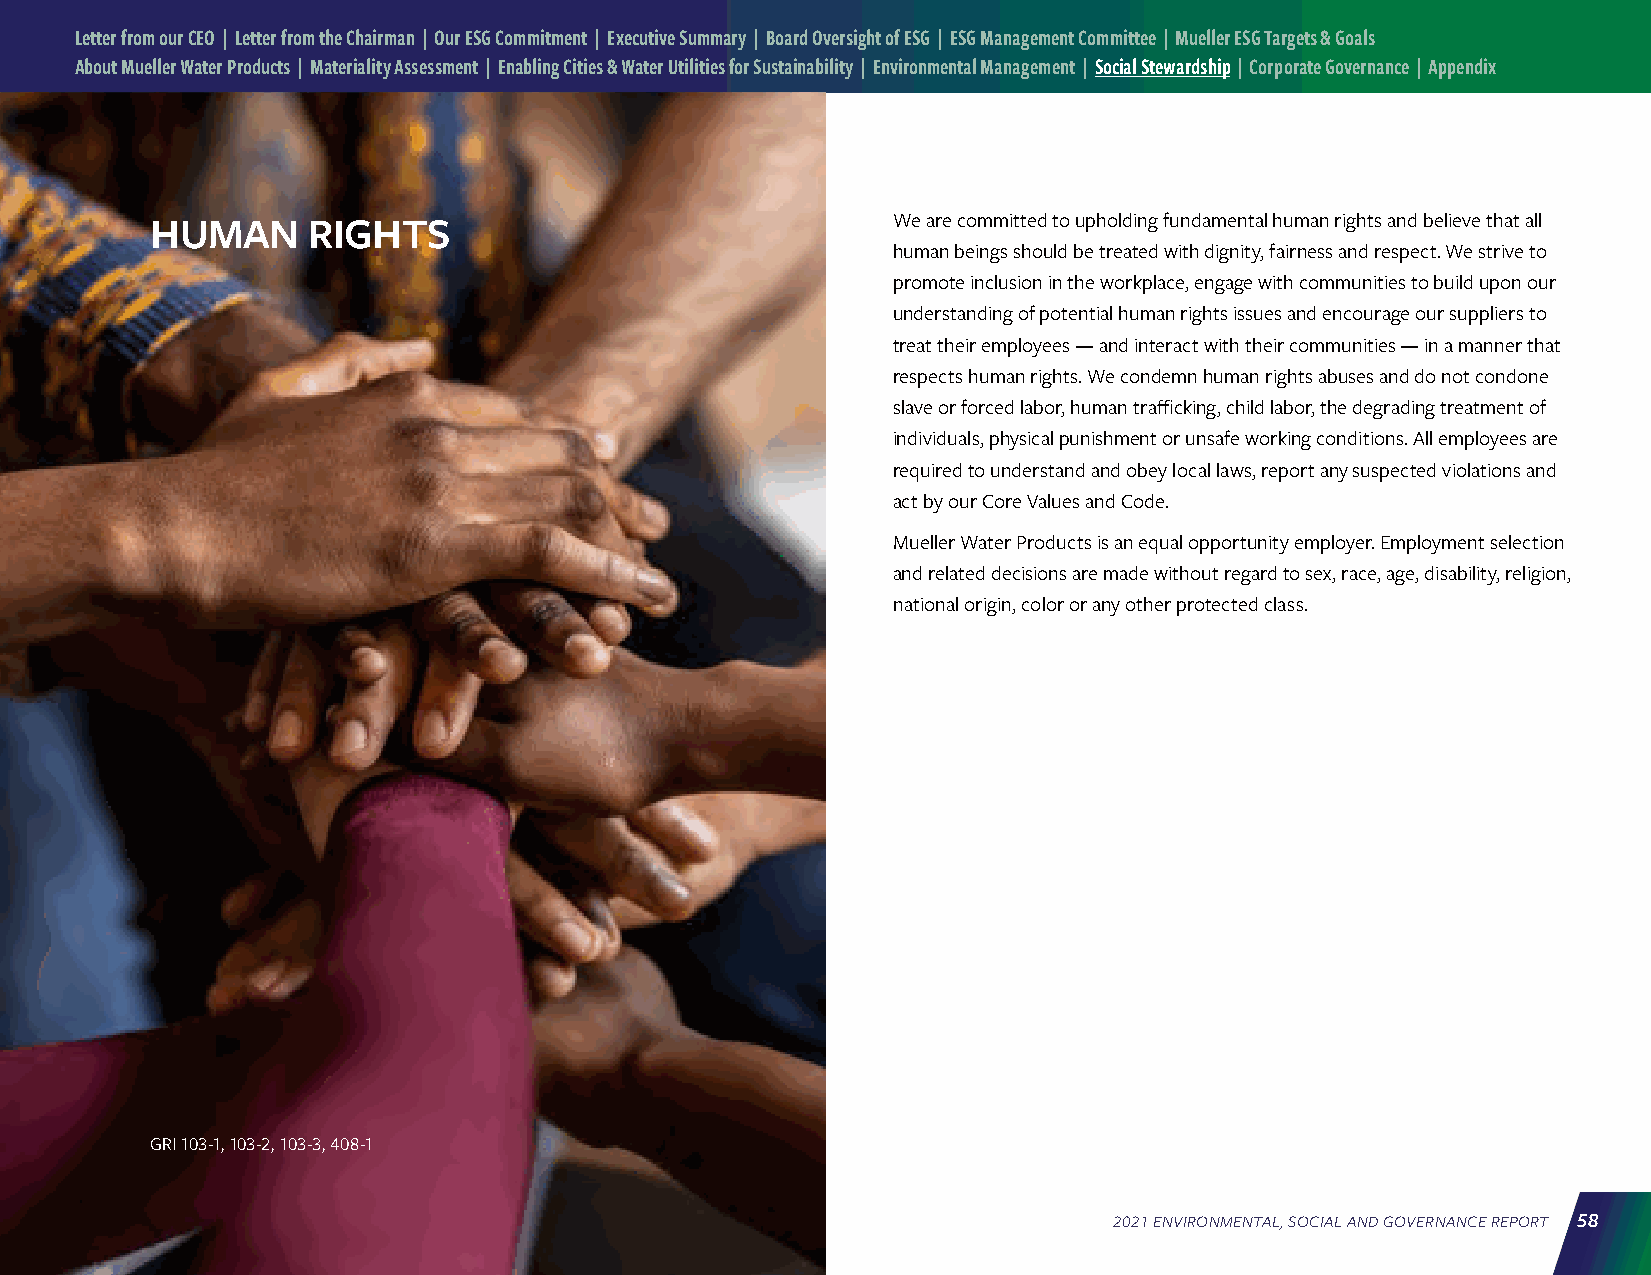
Letter from our CEO | Letter from the Chairman | Our ESG Commitment | Executive Summary | Board Oversight of ESG | ESG Management Committee | Mueller ESG Targets & Goals
 About Mueller Water Products | Materiality Assessment | Enabling Cities & Water Utilities for Sustainability | Environmental Management | Social Stewardship | Corporate Governance | Appendix
 HUMAN     RIGHTS                                 We are committed to upholding fundamental human rights and believe that all
 human beings should be treated with dignity, fairness and respect. We strive to
 promote inclusion in the workplace, engage with communities to build upon our
 understanding of potential human rights issues and encourage our suppliers to
 treat their employees — and interact with their communities — in a manner that
 respects human rights. We condemn human rights abuses and do not condone
 slave or forced labor, human trafficking, child labor, the degrading treatment of
 individuals, physical punishment or unsafe working conditions. All employees are
 required to understand and obey local laws, report any suspected violations and
 act by our Core Values and Code.
 Mueller Water Products is an equal opportunity employer. Employment selection
 and related decisions are made without regard to sex, race, age, disability, religion,
 national origin, color or any other protected class.
 GRI 103-1, 103-2, 103-3, 408-1
 2021 ENVIRONMENTAL, SOCIAL AND GOVERNANCE REPORT 58